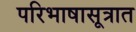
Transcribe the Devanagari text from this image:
परिभाषासूत्रात